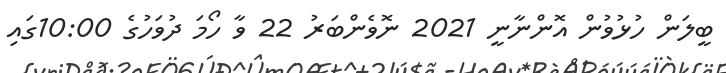
ބީލަން ހުޅުވުން އޮންނާނީ 2021 ނޮވެންބަރު 22 ވާ ހޯމަ ދުވަހުގެ 10:00ގައި